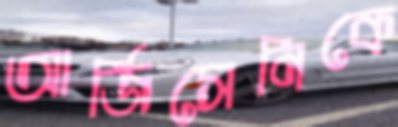
আর্জিসেনিকে